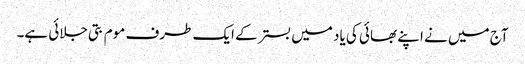
آج میں نے اپنے بھائی کی یاد میں بستر کے ایک طرف موم بتی جلائی ہے۔